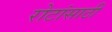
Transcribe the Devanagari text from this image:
रोटांसाठी